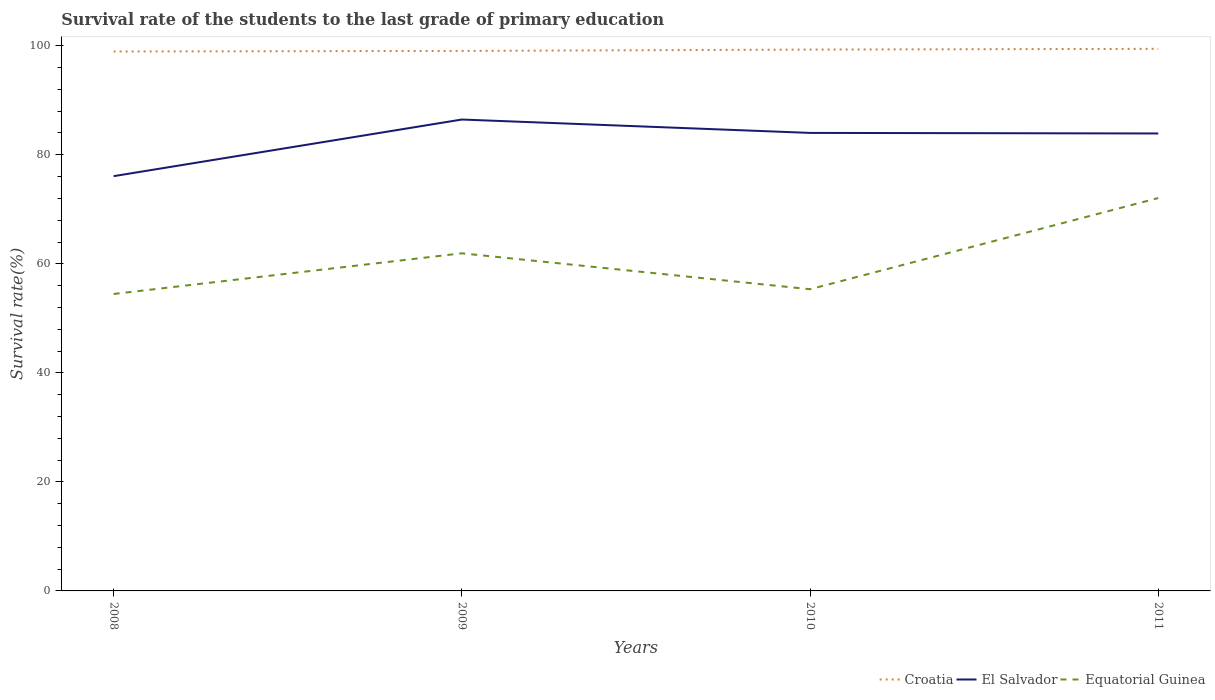
| Years | Croatia | El Salvador | Equatorial Guinea |
 | --- | --- | --- | --- |
 | 2008 | 99 | 76.1 | 54.5 |
 | 2009 | 99.1 | 86.5 | 61.9 |
 | 2010 | 99.3 | 84 | 55.3 |
 | 2011 | 99.4 | 83.9 | 72.1 |